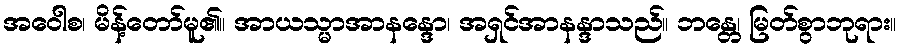
အဝေါစ၊ မိန့်တော်မူ၏။ အာယသ္မာအာနန္ဒော၊ အရှင်အာနန္ဒာသည်။ ဘန္တေ၊ မြတ်စွာဘုရား။